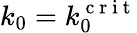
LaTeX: k_{0}=k_{0}^{\mathrm{~c~r~i~t~}}